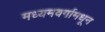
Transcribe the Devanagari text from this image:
मध्यमवर्गामधून